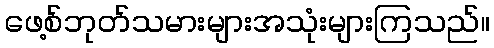
ဖေ့စ်ဘုတ်သမားများအသုံးများကြသည်။